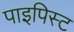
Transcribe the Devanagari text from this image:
पाइपिस्ट